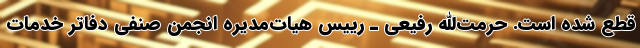
قطع شده است. حرمت‌الله رفیعی ـ رییس هیات‌مدیره انجمن صنفی دفاتر خدمات